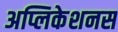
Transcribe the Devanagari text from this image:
अप्लिकेशनस